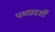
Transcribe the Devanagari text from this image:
पथप्रदर्शी